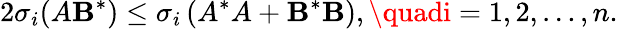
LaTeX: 2\sigma_{i}(A\mathbf{B}^{*})\leq\sigma_{i}\left(A^{*}A+\mathbf{B}^{*}\mathbf{B}\right),\quadi=1,2,\ldots,n.